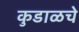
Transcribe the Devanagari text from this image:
कुडाळचे